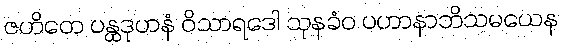
ဇဟိတေ ပန္ထဒုဟနံ ဝိသာရဒေါ သုနခံဝ ပဟာနာဘိသမယေန